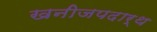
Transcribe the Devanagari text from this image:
खनीजपदार्थ